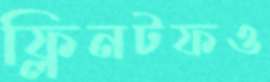
ফ্লিনটফও